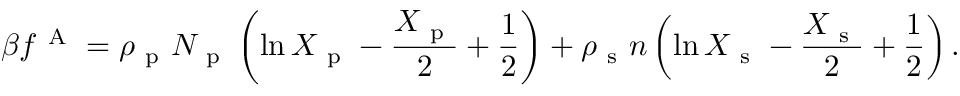
\beta f ^ { \mathrm { ~ A ~ } } = \rho _ { \mathrm { ~ p ~ } } N _ { \mathrm { ~ p ~ } } \left( \ln X _ { \mathrm { ~ p ~ } } - \frac { X _ { \mathrm { ~ p ~ } } } { 2 } + \frac { 1 } { 2 } \right) + \rho _ { \mathrm { ~ s ~ } } n \left( \ln X _ { \mathrm { ~ s ~ } } - \frac { X _ { \mathrm { ~ s ~ } } } { 2 } + \frac { 1 } { 2 } \right) .